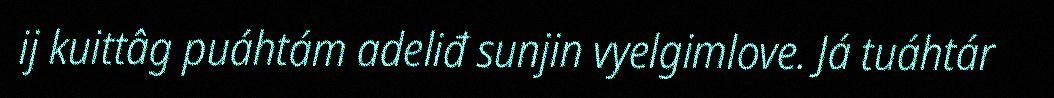
ij kuittâg puáhtám adeliđ sunjin vyelgimlove. Já tuáhtár